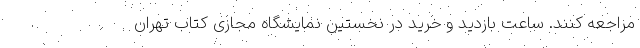
مراجعه کنند. ساعت بازدید و خرید در نخستین نمایشگاه مجازی کتاب تهران